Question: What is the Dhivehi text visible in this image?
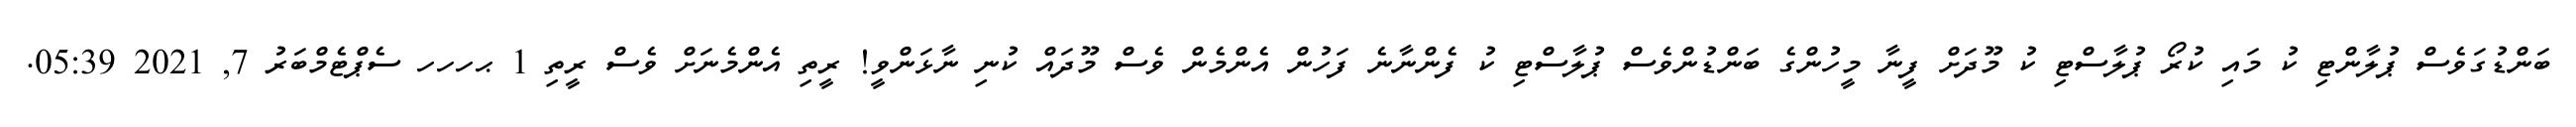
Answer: ބަންޑުގަވެސް ޕުލާންޓި ކު މައި ކުރޯ ޕުލާސްޓި ކު މޫދަށް ފީނާ މީހުންގެ ބަންޑުންވެސް ޕުލާސްޓި ކު ފެންނާނެ ފަހުން އެންމެން ވެސް މޫދައް ކުނި ނާޅަންވީ! ރީތި އެންމެނަށް ވެސް ރީތި 1 ޙހހހ ސެޕްޓެމްބަރު 7, 2021 05:39.